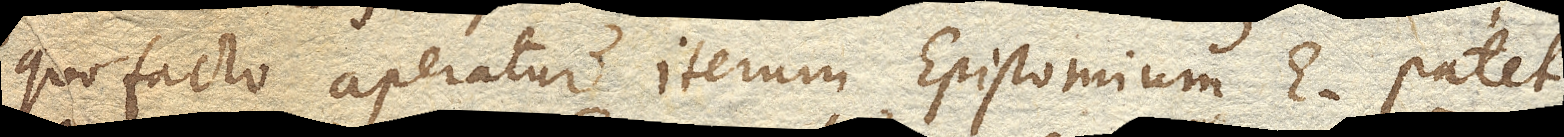
quo facto aperiatur iterum Epistomium E. patet